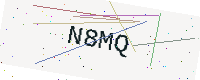
Text: N8MQ